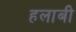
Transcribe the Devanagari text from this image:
हलाबी